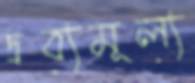
দ্রব্যমূল্য